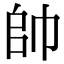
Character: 帥